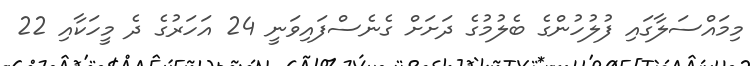
މިމައްސަލާގައި ފުލުހުންގެ ބެލުމުގެ ދަށަށް ގެނެސްފައިވަނީ 24 އަހަރުގެ ދެ މީހަކާއި 22